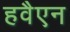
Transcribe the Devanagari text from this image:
हवैएन